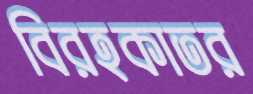
বিরহকাতর